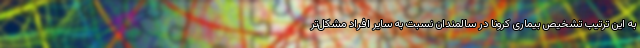
به این ترتیب تشخیص بیماری کرونا در سالمندان نسبت به سایر افراد مشکل‌تر